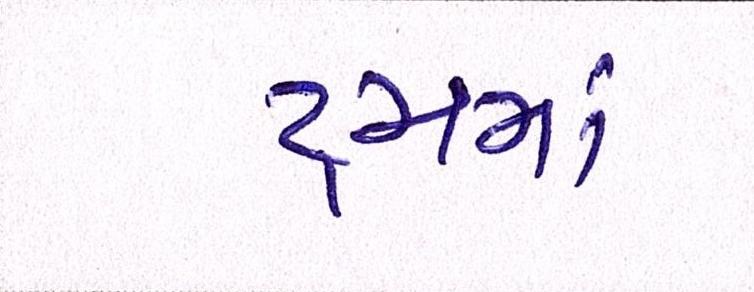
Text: રૃમમાં